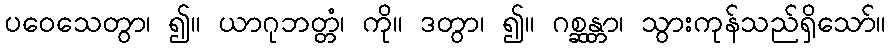
ပဝေသေတွာ၊ ၍။ ယာဂုဘတ္တံ၊ ကို။ ဒတွာ၊ ၍။ ဂစ္ဆန္တာ၊ သွားကုန်သည်ရှိသော်။